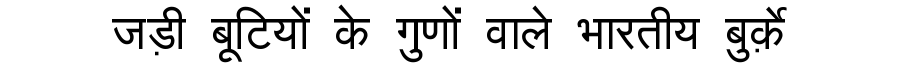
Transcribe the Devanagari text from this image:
जड़ी बूटियों के गुणों वाले भारतीय बुर्क़े